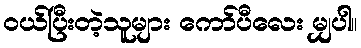
၀ယ်ပြီးတဲ့သူများ ကော်ပီလေး မျှပါ။